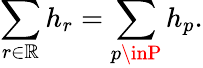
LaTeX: \sum_{r\in\mathbb{R}}h_{r}=\sum_{p\inP}h_{p}.